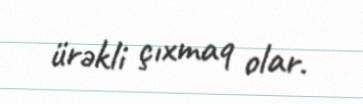
ürəkli çıxmaq olar.